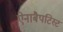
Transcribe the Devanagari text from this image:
ऐनाबैपटिस्ट